Document type: Dowry
Year: 1238
Scribe: Berenguer Jaume
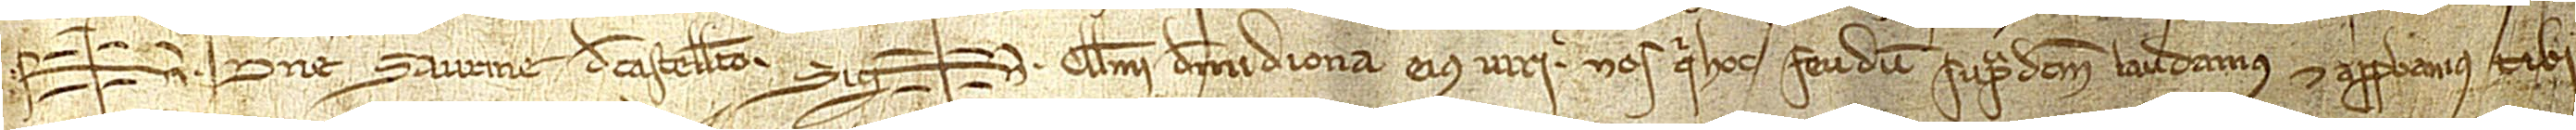
Sig+num domine Saurine de Castelleto, Sig+num Guillelmi de Midiona, eius viri, nos qui hoc feudum supradictum laudamus et approbamus tibi